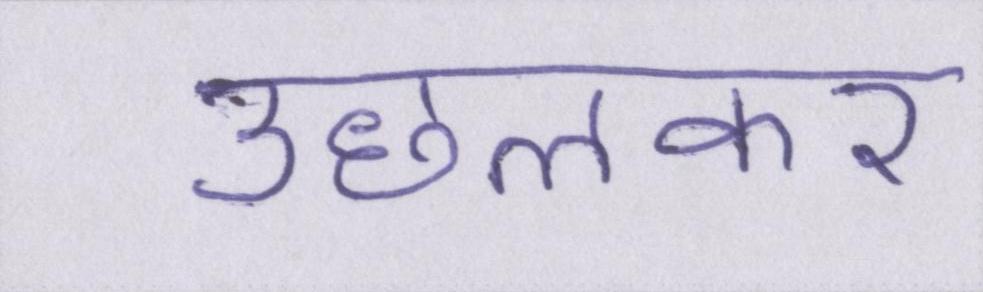
उछलकर